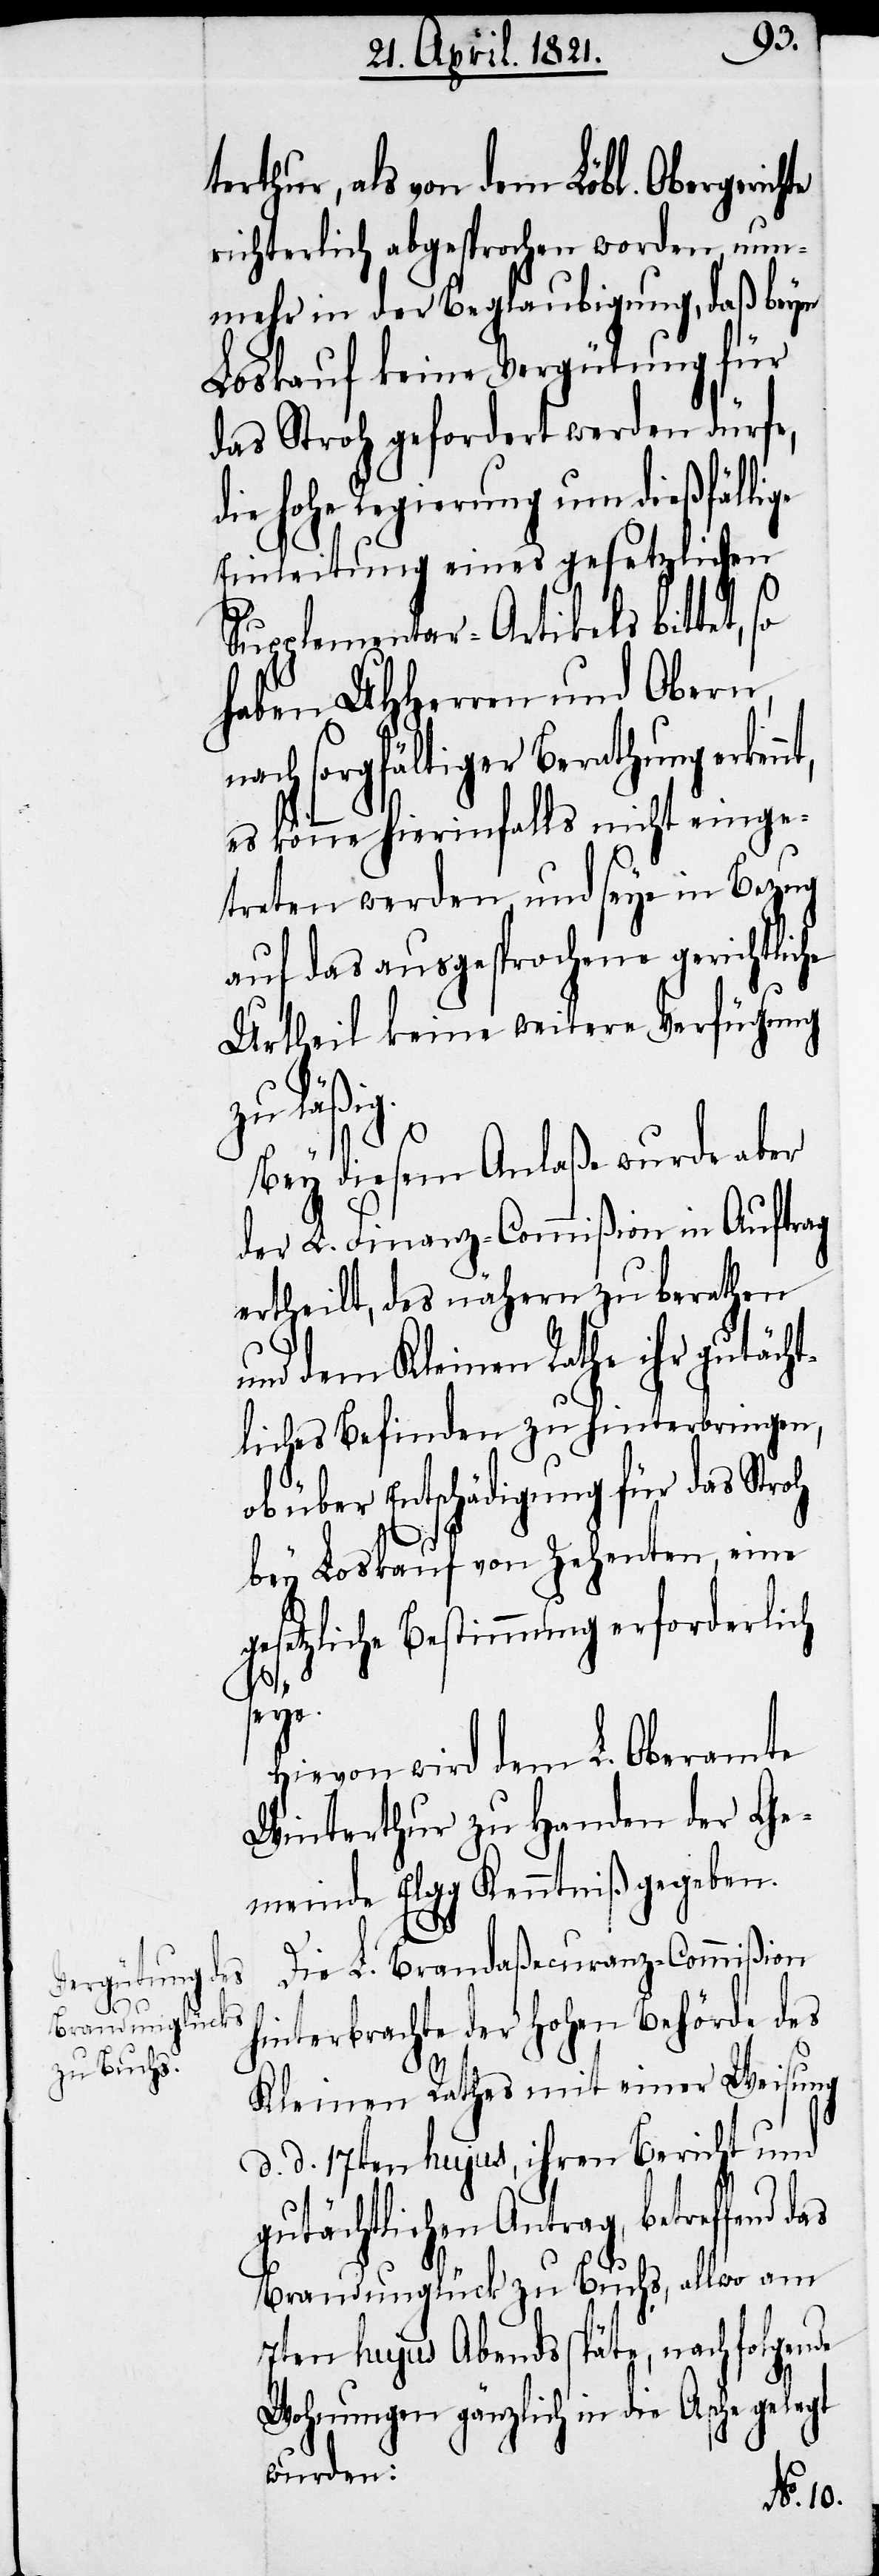
das

terthur, als von dem Löbl. Obergerich¬
richterlich abgesprochen worden, nun¬
mehr in der Beglaubigung, daß beym
Loskauf keine Vergütung für
das Stroh gefordert werden dürfe,
die hohe Regierung um dießfällige
Einleitung eines gesetzlichen
Supplementar-Artikels bittet, so
haben UHHerren und Obern,
nach sorgfältiger Berathung erken¬
es könne hierinfalls nicht einge¬
treten werden, und seye in Bezug
auf das ausgesprochene gerichtliche
Urtheil keine weitere Verfügung
zu läßi¬
Bey diesem Anlaße wurde aber
der L. Finanz-Commißion in Auftrag
ertheilt, des näheren zu berathen
und dem Kleinen Rathe ihr gutächt¬
liches Befinden zu hinterbringen,
ob über Entschädigung für das Stroh
bey Loskauf von Zehnten eine
gesetzliche Bestimmung erforderlich
seye.
Hievon wird dem L. Oberamte
Winterthur zu Handen der Ge¬
meinde Elgg Kenntniß gegeben.
Die L. Brandaßecuranz-Commißion
hinterbrachte der hohen Behörde des
Kleinen Rathes mit einer Weisung
d. d. 17ten hujus, ihren Bericht und
gutächtlichen Antrag, betreffend
Brandunglück zu Buchs, allwo am
7ten hujus Abends späte, nachfolgende
Wohnungen gänzlich in die Asche
wurden: